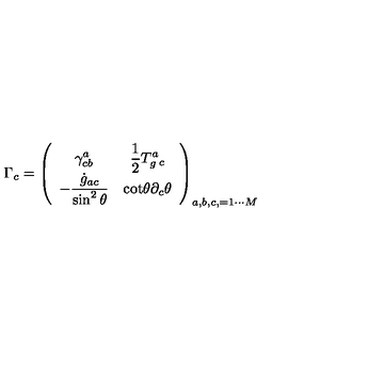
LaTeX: \Gamma _ { c } = \left( \begin{array} { c c c } { \displaystyle { \gamma _ { c b } ^ { a } } } & { \displaystyle { { \frac { 1 } { 2 } T _ { g } ^ { a } { _ c } } } } \\ { \displaystyle { - \frac { { \dot { g } } _ { a c } } { \sin ^ { 2 } \theta } } } & { \displaystyle { \mathrm { c o t } \theta \partial _ { c } \theta } } \\ \end{array} \right) _ { a , b , c , = 1 \cdots M }